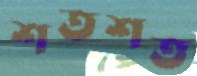
শতশত